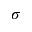
\sigma